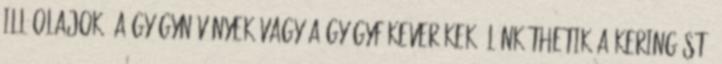
illóolajok, a gyógynövények vagy a gyógyfűkeverékek élénkíthetik a keringést,